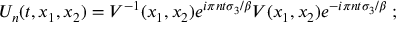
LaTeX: U _ { n } ( t , x _ { 1 } , x _ { 2 } ) = V ^ { - 1 } ( x _ { 1 } , x _ { 2 } ) e ^ { i \pi n t \sigma _ { 3 } / \beta } V ( x _ { 1 } , x _ { 2 } ) e ^ { - i \pi n t \sigma _ { 3 } / \beta } \; ;